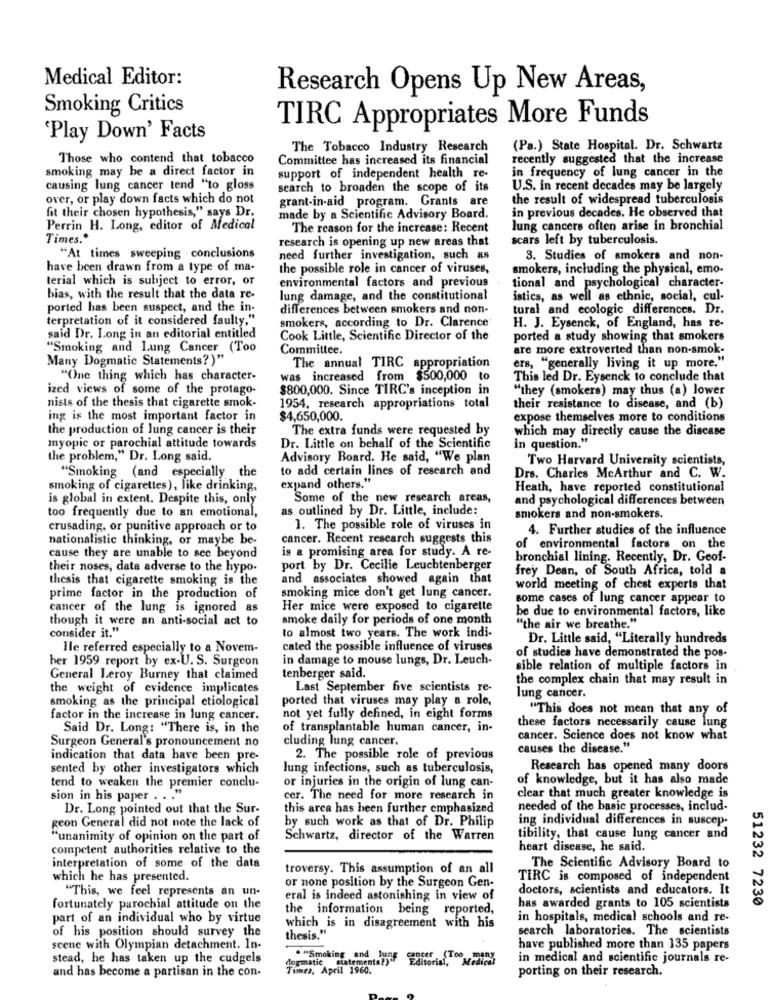
Medical Editor:
Research Opens Up New Areas,
Smoking Critics
TIRC Appropriates More Funds
'Play Down' Facts
The Tobacco Industry Research
(Pa.) State Hospital. Dr. Schwartz
Those who contend that tobacco
Committee has increased its financial
recently suggested that the increase
smoking may be a direct factor in
in frequency of lung cancer in the
support of independent health re-
causing lung cancer tend "to gloss
search to broaden the scope of its
U.S. in recent decades may be largely
over, or play down facts which do not
grant-in-aid program. Grants are
the result of widespread tuberculosis
fit their chosen hypothesis," says Dr.
in previous decades. He observed that
made by a Scientific Advisory Board.
Perrin H. Long, editor of Medical
The reason for the increase: Recent
lung cancers often arise in bronchial
Times."
research is opening up new areas that
scars left by tuberculosis.
"At times sweeping . conclusions
need further investigation, such as
3. Studies of smokers and non-
have been drawn from a type of ma-
the possible role in cancer of viruses,
smokers, including the physical, emo-
terial which is subject to error, or
environmental factors and previous
tional and psychological character-
bias, with the result that the data re-
lung damage, and the constitutional
istics, as well as ethnic, social, cul-
ported has been suspect, and the in-
differences between smokers and non-
tural and ecologic differences. Dr.
terpretation of it considered faulty."
smokers, according to Dr. Clarence
H. J. Eysenck, of England, has re-
said Dr. Long in an editorial entitled
Cook Little, Scientific Director of the
ported a study showing that smokers
"Smoking and Lung Cancer (Too
Committee.
are more extroverted than non-smok-
Many Dogmatic Statements?)"
ers, "generally living it up more."
The annual TIRC appropriation
"One thing which has character-
was increased from $500,000 to
This led Dr. Eysenck to conclude that
ized views of some of the protago-
$800,000. Since TIRC's inception in
"they (smokers) may thus (a) lower
nists of the thesis that cigarette smok-
1954, research appropriations total
their resistance to disease, and (b)
ing is the most important factor in
$4,650,000.
expose themselves more to conditions
the production of lung cancer is their
The extra funds were requested by
which may directly cause the disease
myopic or parochial attitude towards
Dr. Little on behalf of the Scientific
in question."
the problem," Dr. Long said.
Advisory Board. He said, "We plan
Two Harvard University scientists,
to add certain lines of research and
"Smoking (and especially the
Drs. Charles McArthur and C. W.
smoking of cigarettes), like drinking,
expand others."
Heath, have reported constitutional
is global in extent. Despite this, only
Some of the new research areas,
and psychological differences between
too frequently due to an emotional,
as outlined by Dr. Little, include:
smokers and non-smokers.
crusading, or punitive approach or to
1. The possible role of viruses in
4. Further studies of the influence
nationalistic thinking, or maybe be-
cancer. Recent research suggests this
is a promising area for study. A re-
of environmental factors on the
cause they are unable to see beyond
bronchial lining. Recently, Dr. Geof-
their noses, data adverse to the hypo.
port by Dr. Cecilie Leuchtenberger
frey Dean, of South Africa, told a
thesis that cigarette smoking is the
and associates showed again that
smoking mice don't get lung cancer.
world meeting of chest experts that
prime factor in the production of
some cases of lung cancer appear to
cancer of the lung is ignored as
Her mice were exposed to cigarette
be due to environmental factors, like
though it were an anti-social act to
smoke daily for periods of one month
consider it."
to almost two years. The work indi-
"the air we breathe."
Dr. Little said, "Literally hundreds
Ile referred especially to a Novem-
cated the possible influence of viruses
of studies have demonstrated the pos-
her 1959 report by ex-U. S. Surgeon
in damage to mouse lungs, Dr. Leuch-
sible relation of multiple factors in
General Leroy Burney that claimed
tenberger said.
the complex chain that may result in
the weight of evidence implicates
Last September five scientists re-
smoking as the principal etiological
ported that viruses may play a role,
lung cancer.
"This does not mean that any of
factor in the increase in lung cancer.
not yet fully defined, in eight forms
Said Dr. Long: "There is, in the
of transplantable human cancer, in-
these factors necessarily cause lung
cluding lung cancer.
cancer. Science does not know what
Surgeon General's pronouncement no
causes the disease."
indication that data have been pre-
2. The possible role of previous
sented by other investigators which
lung infections, such as tuberculosis,
Research has opened many doors
or injuries in the origin of lung can-
of knowledge, but it has also made
tend to weaken the premier conclu-
sion in his paper . . . "
cer. The need for more research in
clear that much greater knowledge is
Dr. Long pointed out that the Sur-
this area has been further emphasized
needed of the basic processes, includ-
geon General did not note the lack of
by such work as that of Dr. Philip
ing individual differences in suscep.
"unanimity of opinion on the part of
Schwartz, director of the Warren
tibility, that cause lung cancer and
competent authorities relative to the
heart disease, he said.
interpretation of some of the data
troversy. This assumption of an all
The Scientific Advisory Board to
which he has presented.
or none position by the Surgeon Gen-
TIRC is composed of independent
"This, we feel represents an un-
doctors, scientists and educators. It
eral is indeed astonishing in view of
51232 7230
fortunately parochial attitude on the
the information being reported,
has awarded grants to 105 scientists
part of an individual who by virtue
in hospitals, medical schools and re-
which is in disagreement with his
search laboratories. The scientists
of his position should survey the
thesis."
scene with Olympian detachment. In-
. "Smoking and lung cancer (Too many
have published more than 135 papers
stead, he has taken up the cudgels
. "Smoking and
dogmatic statements?)"
Editorial, Medical
in medical and scientific journals re-
and has become a partisan in the con-
Times. April 1960.
porting on their research.